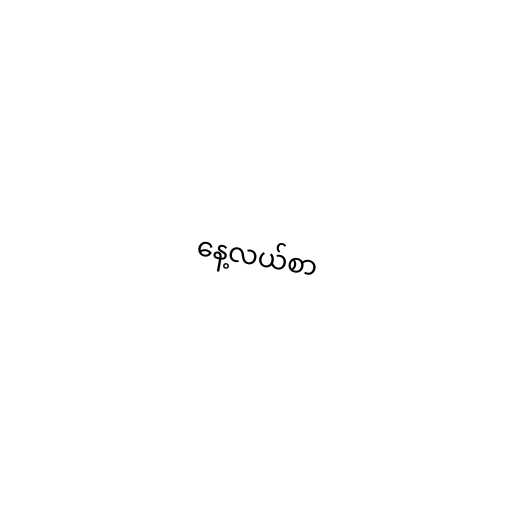
နေ့လယ်စာ